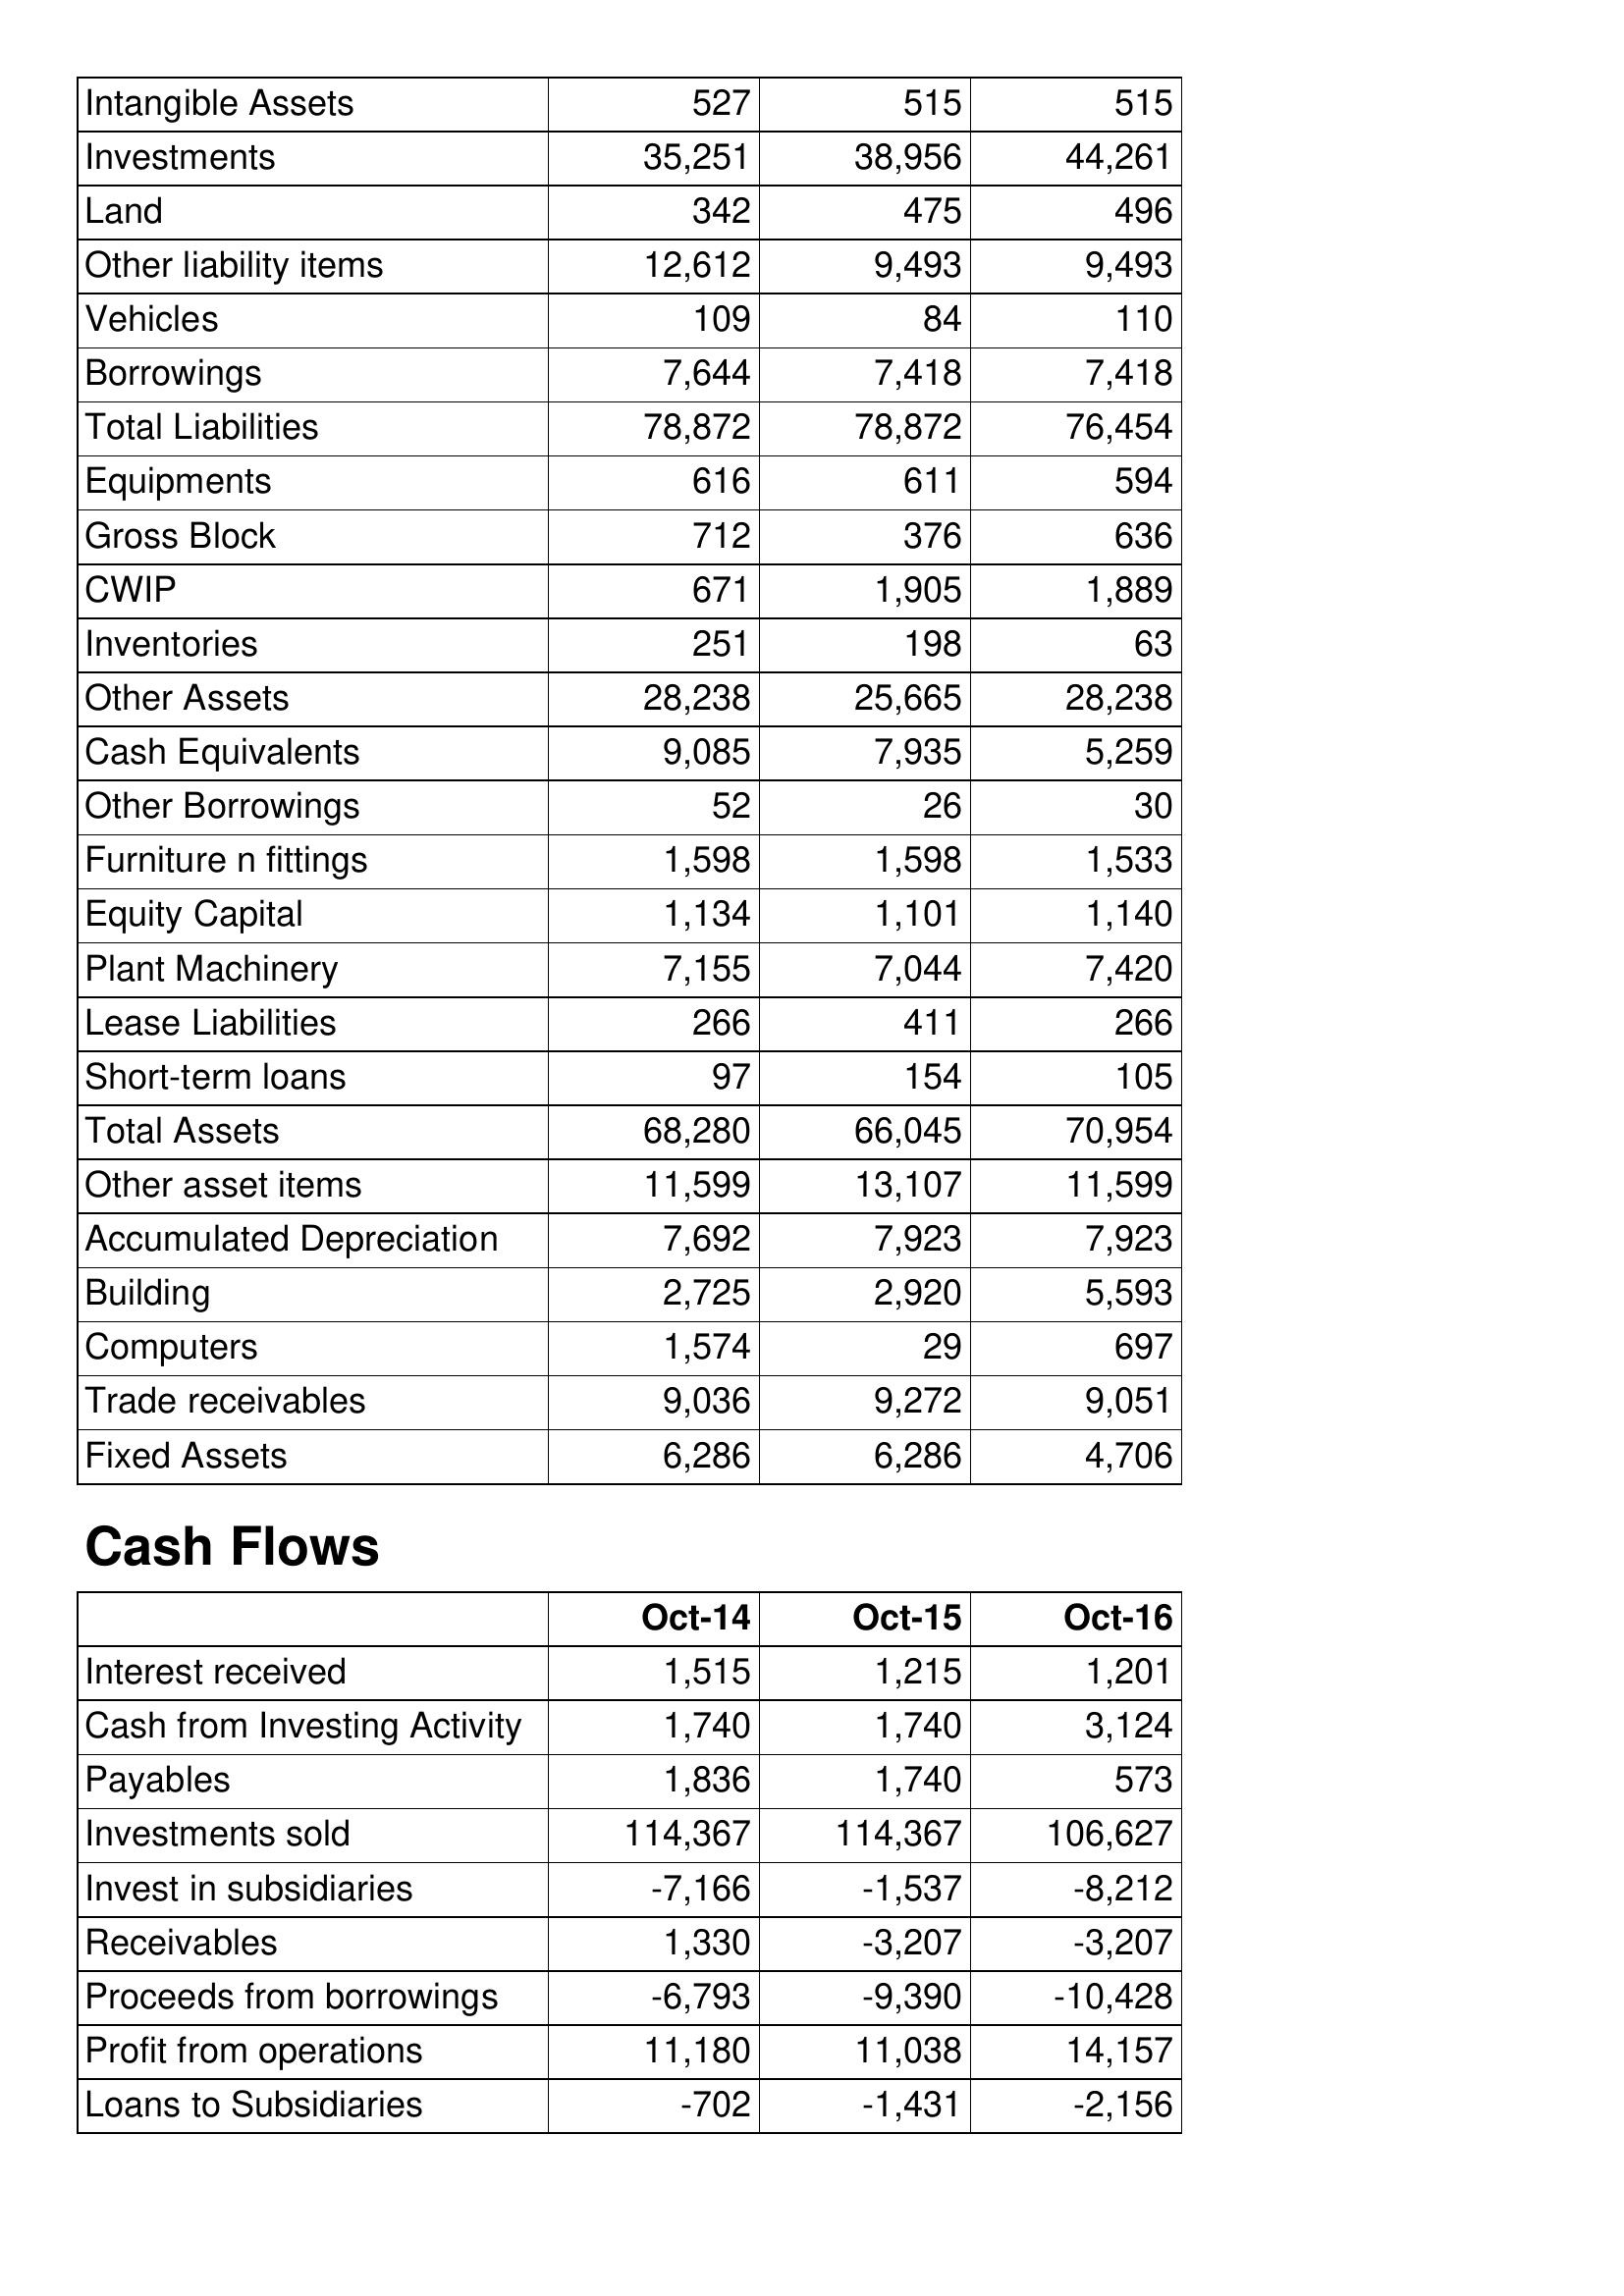
Oct-14: Balance Sheet: Intangible Assets: 527
Investments: 35,251
Land: 342
Other liability items: 12,612
Vehicles: 109
Borrowings: 7,644
Total Liabilities: 78,872
Equipments: 616
Gross Block: 712
CWIP: 671
Inventories: 251
Other Assets: 28,238
Cash Equivalents: 9,085
Other Borrowings: 52
Furniture n fittings: 1,598
Equity Capital: 1,134
Plant Machinery: 7,155
Lease Liabilities: 266
Short-term loans: 97
Total Assets: 68,280
Other asset items: 11,599
Accumulated Depreciation: 7,692
Building: 2,725
Computers: 1,574
Trade receivables: 9,036
Fixed Assets: 6,286
Cash Flows: Interest received: 1,515
Cash from Investing Activity: 1,740
Payables: 1,836
Investments sold: 114,367
Invest in subsidiaries: -7,166
Receivables: 1,330
Proceeds from borrowings: -6,793
Profit from operations: 11,180
Loans to Subsidiaries: -702
Oct-15: Balance Sheet: Intangible Assets: 515
Investments: 38,956
Land: 475
Other liability items: 9,493
Vehicles: 84
Borrowings: 7,418
Total Liabilities: 78,872
Equipments: 611
Gross Block: 376
CWIP: 1,905
Inventories: 198
Other Assets: 25,665
Cash Equivalents: 7,935
Other Borrowings: 26
Furniture n fittings: 1,598
Equity Capital: 1,101
Plant Machinery: 7,044
Lease Liabilities: 411
Short-term loans: 154
Total Assets: 66,045
Other asset items: 13,107
Accumulated Depreciation: 7,923
Building: 2,920
Computers: 29
Trade receivables: 9,272
Fixed Assets: 6,286
Cash Flows: Interest received: 1,215
Cash from Investing Activity: 1,740
Payables: 1,740
Investments sold: 114,367
Invest in subsidiaries: -1,537
Receivables: -3,207
Proceeds from borrowings: -9,390
Profit from operations: 11,038
Loans to Subsidiaries: -1,431
Oct-16: Balance Sheet: Intangible Assets: 515
Investments: 44,261
Land: 496
Other liability items: 9,493
Vehicles: 110
Borrowings: 7,418
Total Liabilities: 76,454
Equipments: 594
Gross Block: 636
CWIP: 1,889
Inventories: 63
Other Assets: 28,238
Cash Equivalents: 5,259
Other Borrowings: 30
Furniture n fittings: 1,533
Equity Capital: 1,140
Plant Machinery: 7,420
Lease Liabilities: 266
Short-term loans: 105
Total Assets: 70,954
Other asset items: 11,599
Accumulated Depreciation: 7,923
Building: 5,593
Computers: 697
Trade receivables: 9,051
Fixed Assets: 4,706
Cash Flows: Interest received: 1,201
Cash from Investing Activity: 3,124
Payables: 573
Investments sold: 106,627
Invest in subsidiaries: -8,212
Receivables: -3,207
Proceeds from borrowings: -10,428
Profit from operations: 14,157
Loans to Subsidiaries: -2,156